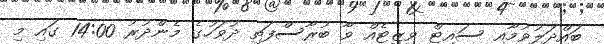
ބައްދަލުވުމާއި ސައިޓް ވިޒިިޓެއް ވާ ބުރާސްފަތި ދުވަހުގެ މެންދުރު 14:00 ގައި މި